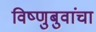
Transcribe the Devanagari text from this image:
विष्णुबुवांचा